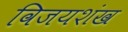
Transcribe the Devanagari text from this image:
विजयशंख